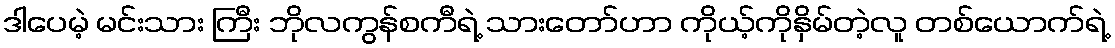
ဒါပေမဲ့ မင်းသား ကြီး ဘိုလကွန်စကီရဲ့ သားတော်ဟာ ကိုယ့်ကိုနှိမ်တဲ့လူ တစ်ယောက်ရဲ့